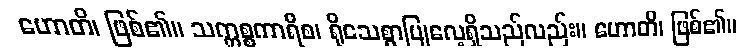
ဟောတိ၊ ဖြစ်၏။ သက္ကစ္စကာရီစ၊ ရိုသေစွာပြုလေ့ရှိသည်လည်း။ ဟောတိ၊ ဖြစ်၏။